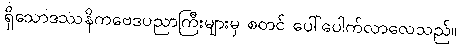
ရှိသောဒဿနိကဗေဒပညာကြီးများမှ စတင် ပေါ်ပေါက်လာလေသည်။